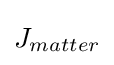
\textstyle J_{matter}